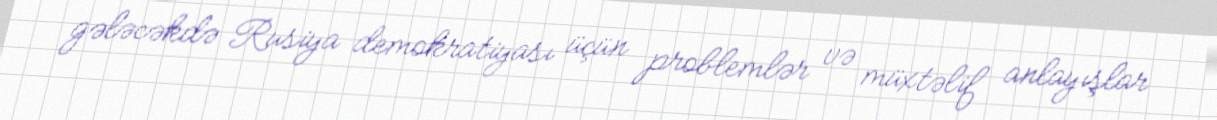
gələcəkdə Rusiya demokratiyası üçün problemlər və müxtəlif anlayışlar